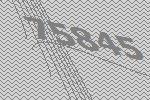
75845